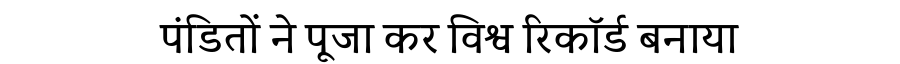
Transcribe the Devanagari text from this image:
पंडितों ने पूजा कर विश्व रिकॉर्ड बनाया